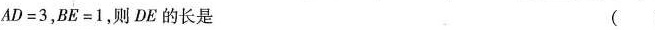
$$A D = 3$$，$$B E = 1$$，则DE的长是 ()